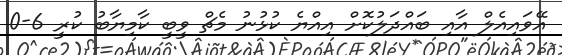
އޭވައިއެލް އާއި ބައްދަލުކޮށް އިއްޔެ ކުޅުނު މެޗް ވީބީ ކާމިޔާބު ކުރީ 6-0